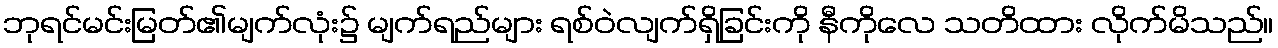
ဘုရင်မင်းမြတ်၏မျက်လုံး၌ မျက်ရည်များ ရစ်ဝဲလျက်ရှိခြင်းကို နီကိုလေ သတိထား လိုက်မိသည်။